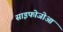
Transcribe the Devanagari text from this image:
साइफोजोआ